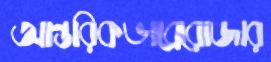
আন্তরিকভাব্রেরোজার